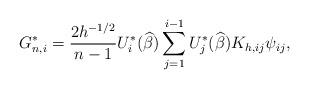
LaTeX: \begin{align*}G_{n,i}^{*}=\dfrac{2h^{-1/2}}{n-1}U_{i}^{*}(\widehat{\beta})\sum_{j=1}^{i-1}U_{j}^{*}(\widehat{\beta})K_{h,ij}\psi_{ij},\end{align*}